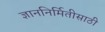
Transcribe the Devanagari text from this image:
ज्ञाननिर्मितीसाठी